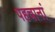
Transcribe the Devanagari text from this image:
पहचानां